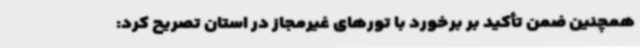
همچنین ضمن تأکید بر برخورد با تورهای غیرمجاز در استان تصریح کرد: